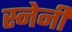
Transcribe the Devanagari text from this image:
स्नेनी